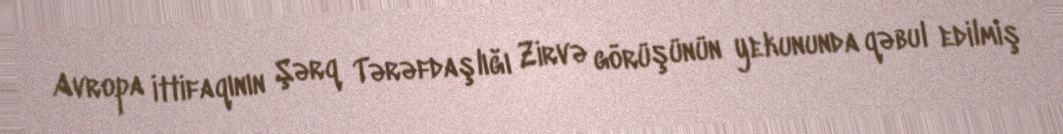
Avropa İttifaqının Şərq Tərəfdaşlığı Zirvə görüşünün yekununda qəbul edilmiş